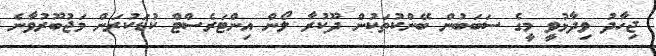
ޖިހާދު ވިދާޅުވީ މީގެ ސަބަބުން ބޭންކުތަކުން ދޫކުރާ ލޯން އިންޓަރެސްޓް ކުޑަކުރަން މަޖުބޫރުވާނެ